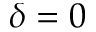
\delta = 0